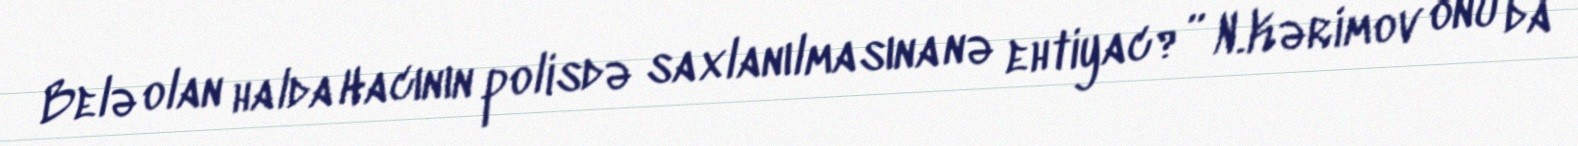
Belə olan halda Hacının polisdə saxlanılmasına nə ehtiyac?” N.Kərimov onu da